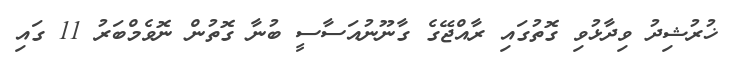
ޚުރުޝިދު ވިދާޅުވި ގޮތުގައި ރާއްޖޭގެ ގާނޫނުއަސާސީ ބުނާ ގޮތުން ނޮވެމްބަރު 11 ގައި